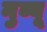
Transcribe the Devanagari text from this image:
नुव्वू